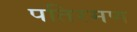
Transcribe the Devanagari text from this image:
पतिरमण